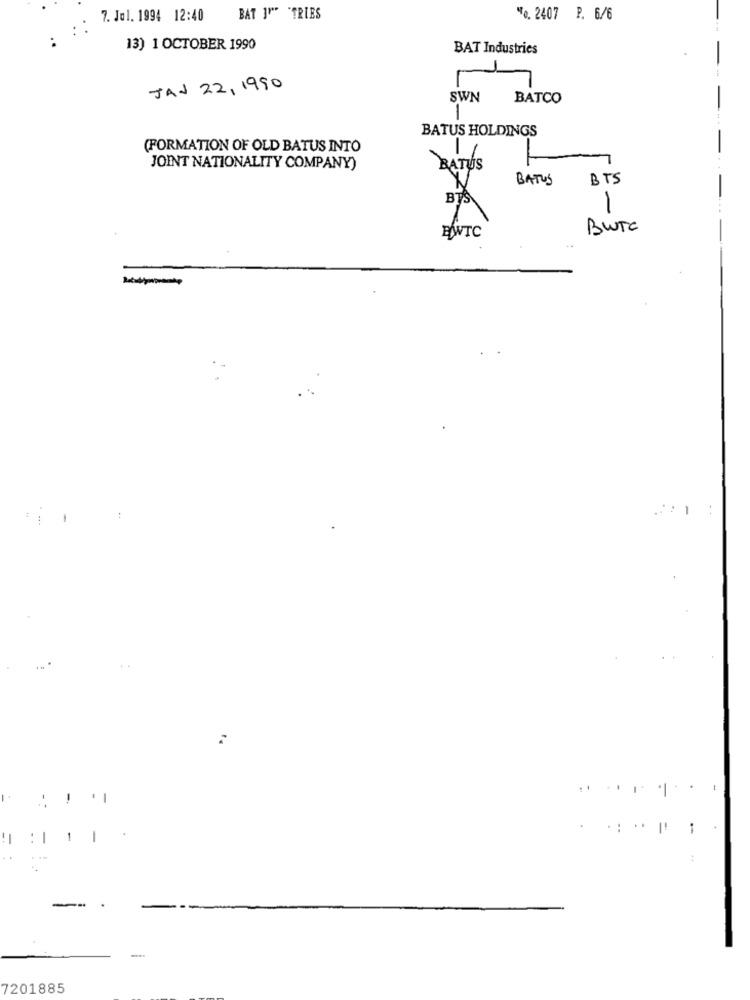
7. Jul. 1994 12:40
BAT IN TRIES
"e. 2407 P. 6/6
13) 1 OCTOBER 1990
BAT Industries
JAN 22, 1990
SWN
BATCO
1
BATUS HOLDINGS
(FORMATION OF OLD BATUS INTO
JOINT NATIONALITY COMPANY)
BATUS
BATUS
BTS
BTS
1
BTC
BUTC
-
-
1
..
7201885